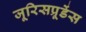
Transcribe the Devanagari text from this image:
जूरिसप्रूडेंस